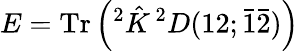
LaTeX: E=\mathrm{Tr}\left(^{2}{\hat{K}}\, ^{2}D(12;{\bar{1}}{\bar{2}})\right)